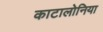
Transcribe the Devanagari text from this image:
काटालोनिया